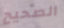
الصحيح